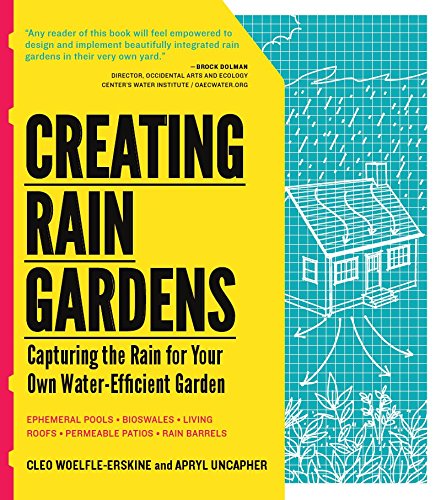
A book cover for Creating Rain Gardens: Capturing the Rain for Your Own Water-Efficient Garden; Apryl Uncapher; Crafts, Hobbies & Home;